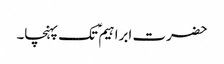
حضرت ابراہیم ؑ تک پہنچا۔